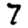
Digit: 7